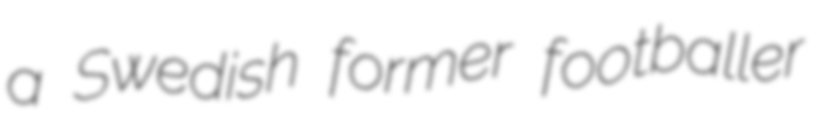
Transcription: a Swedish former footballer